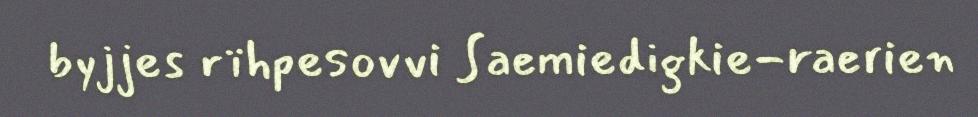
byjjes rïhpesovvi Saemiedigkie-raerien